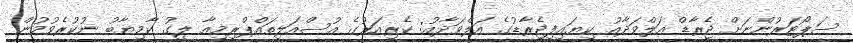
ސަޕޯޓަރުންނަށް ޖެރާޑް އަލްވަދާއު ކިޔައިފިޖެރާޑުގެ އަލްވަދާއު: ކެރިއަރުގެ އުސްއަލިތައްޕްރިމިއާ ލީގު ކާމިޔާބު ނުކުރެވުުމުން